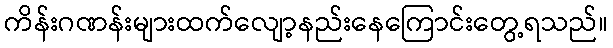
ကိန်းဂဏန်းများထက်လျော့နည်းနေကြောင်းတွေ့ရသည်။